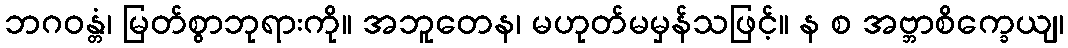
ဘဂဝန္တံ၊ မြတ်စွာဘုရားကို။ အဘူတေန၊ မဟုတ်မမှန်သဖြင့်။ န စ အဗ္ဘာစိက္ခေယျ၊